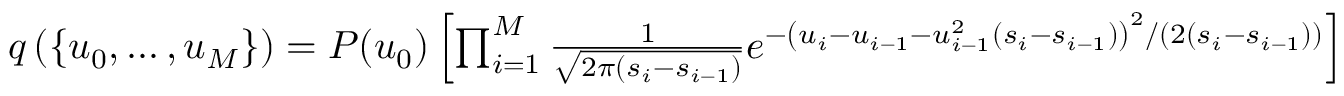
\begin{array} { r } { q \left( \{ u _ { 0 } , \ldots , u _ { M } \} \right) = P ( u _ { 0 } ) \left[ \prod _ { i = 1 } ^ { M } \frac { 1 } { \sqrt { 2 \pi ( s _ { i } - s _ { i - 1 } ) } } e ^ { - \left( u _ { i } - u _ { i - 1 } - u _ { i - 1 } ^ { 2 } ( s _ { i } - s _ { i - 1 } ) \right) ^ { 2 } / \left( 2 \left( s _ { i } - s _ { i - 1 } \right) \right) } \right] } \end{array}